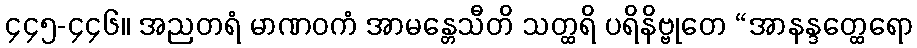
၄၄၅-၄၄၆။ အညတရံ မာဏဝကံ အာမန္တေသီတိ သတ္ထရိ ပရိနိဗ္ဗုတေ “အာနန္ဒတ္ထေရော